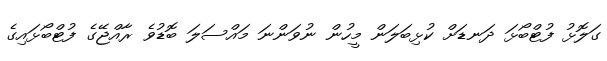
ގަލޮޅު ފުޓްބޯޅަ ދަނޑަށް ކުޅިބަލަން މީހުން ނުވަންނަ މައްސަލަ ބޮޑުވެ ރާއްޖޭގެ ފުޓްބޯޅައިގެ